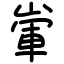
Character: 㟦